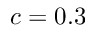
c = 0 . 3